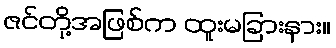
ဇင်တို့အဖြစ်က ထူးမခြားနား။